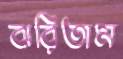
ঝরিতাম